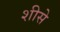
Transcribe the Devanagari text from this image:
शीसे